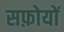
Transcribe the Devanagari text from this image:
सफ़ोयों